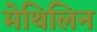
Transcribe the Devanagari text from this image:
मेथिलिन